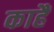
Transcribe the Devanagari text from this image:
काहैं